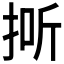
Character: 𱟺